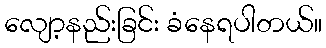
လျော့နည်းခြင်း ခံနေရပါတယ်။